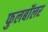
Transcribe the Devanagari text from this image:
फुलबॉलर